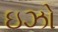
ઇઝો